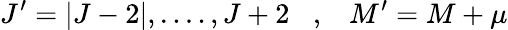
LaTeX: J^{\prime}=|J-2|,....,J+2\; \; \; ,\; \; \; M^{\prime}=M+\mu